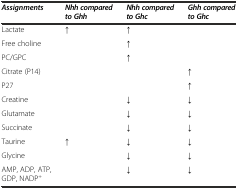
<table><thead><tr><td><b><i>Assignments</i></b></td><td><b><i>Nhh compared to Ghh</i></b></td><td><b><i>Nhh compared to Ghc</i></b></td><td><b><i>Ghh compared to Ghc</i></b></td></tr></thead><tbody><tr><td>Lactate</td><td>↑</td><td>↑</td><td></td></tr><tr><td>Free choline</td><td></td><td>↑</td><td></td></tr><tr><td>PC/GPC</td><td></td><td>↑</td><td></td></tr><tr><td>Citrate (P14)</td><td></td><td></td><td>↑</td></tr><tr><td>P27</td><td></td><td></td><td>↑</td></tr><tr><td>Creatine</td><td></td><td>↓</td><td>↓</td></tr><tr><td>Glutamate</td><td></td><td>↓</td><td>↓</td></tr><tr><td>Succinate</td><td></td><td>↓</td><td>↓</td></tr><tr><td>Taurine</td><td>↑</td><td>↓</td><td>↓</td></tr><tr><td>Glycine</td><td></td><td>↓</td><td>↓</td></tr><tr><td>AMP, ADP, ATP, GDP, NADP<sup>+</sup></td><td></td><td>↓</td><td>↓</td></tr></tbody></table>